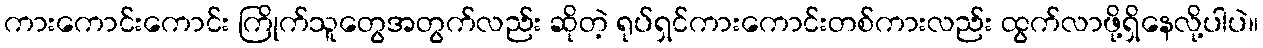
ကားကောင်းကောင်း ကြိုက်သူတွေအတွက်လည်း ဆိုတဲ့ ရုပ်ရှင်ကားကောင်းတစ်ကားလည်း ထွက်လာဖို့ရှိနေလို့ပါပဲ။